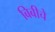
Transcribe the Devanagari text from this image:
बिबीचे